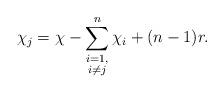
\begin{align*}\chi_j = \chi - \sum_{\substack{i = 1,\\ i \neq j}}^{n} \chi_i + (n-1)r. \end{align*}